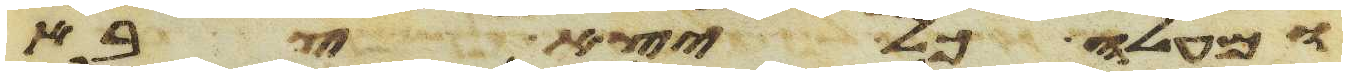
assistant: ומעלה כל יצא צבא